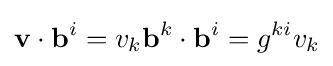
\mathbf {v} \cdot \mathbf {b} ^{i}=v_{k}\mathbf {b} ^{k}\cdot \mathbf {b} ^{i}=g^{ki}v_{k}